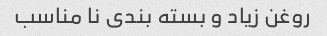
روغن زیاد و بسته بندی نا مناسب